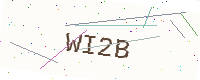
Text: WI2B